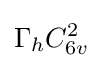
\Gamma _{h}C_{6v}^{2}